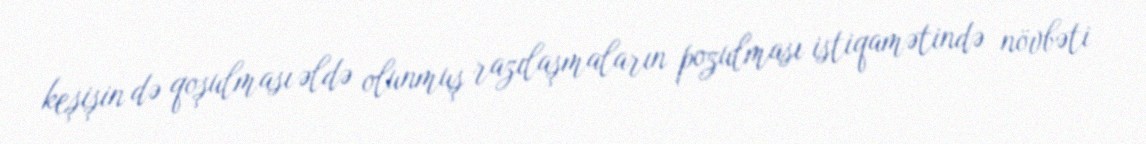
keşişin də qoşulması əldə olunmuş razılaşmaların pozulması istiqamətində növbəti